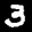
Label: 3